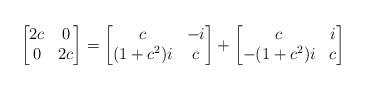
LaTeX: \begin{align*}\begin{bmatrix} 2c & 0 \\ 0 & 2c \\ \end{bmatrix}=\begin{bmatrix} c & -i \\ (1+c^2)i & c \\ \end{bmatrix}+\begin{bmatrix} c & i \\ -(1+c^2)i & c \\ \end{bmatrix}\end{align*}